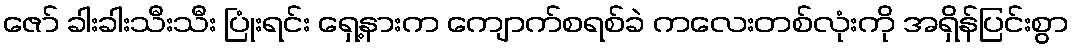
ဇော် ခါးခါးသီးသီး ပြုံးရင်း ရှေ့နားက ကျောက်စရစ်ခဲ ကလေးတစ်လုံးကို အရှိန်ပြင်းစွာ